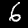
Label: 6